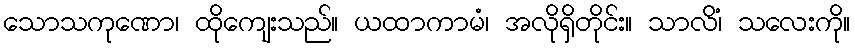
သောသကုဏော၊ ထိုကျေးသည်။ ယထာကာမံ၊ အလိုရှိတိုင်း။ သာလိံ၊ သလေးကို။